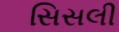
સિસલી